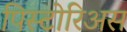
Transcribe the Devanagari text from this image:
पिस्टोरिअस